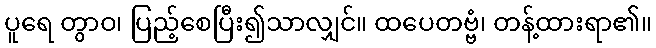
ပူရေ တွာဝ၊ ပြည့်စေပြီး၍သာလျှင်။ ထပေတဗ္ဗံ၊ တန့်ထားရာ၏။